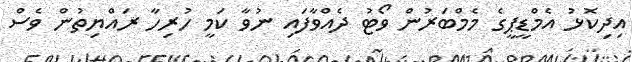
އިދިކޮޅު އެމްޑީޕީގެ މެމްބަރުން ވޯޓު ދެއްވާފައި ނުވާ ކަމީ ހުރިހާ ރައްޔިތުން ވެސް